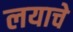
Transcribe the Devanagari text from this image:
लयाचे